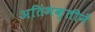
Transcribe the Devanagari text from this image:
अतिभक्तीनें